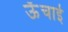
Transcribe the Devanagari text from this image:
ऊॅंचाई